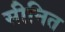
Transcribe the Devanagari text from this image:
सीनित